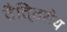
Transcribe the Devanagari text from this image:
तैति्तरीय